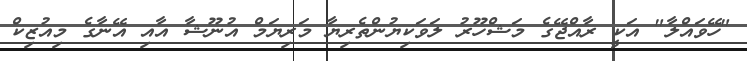
"ހޭވައްލާ" އަކީ ރާއްޖޭގެ މަޝްހޫރު ލަވަކިޔުންތެރިޔާ މަރިޔަމް އުނޫޝާ އާއި އޭނާގެ މިއުޒިކް